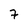
Character: 7